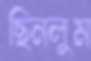
ছিনলুম